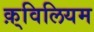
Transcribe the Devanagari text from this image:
क़्विलियम